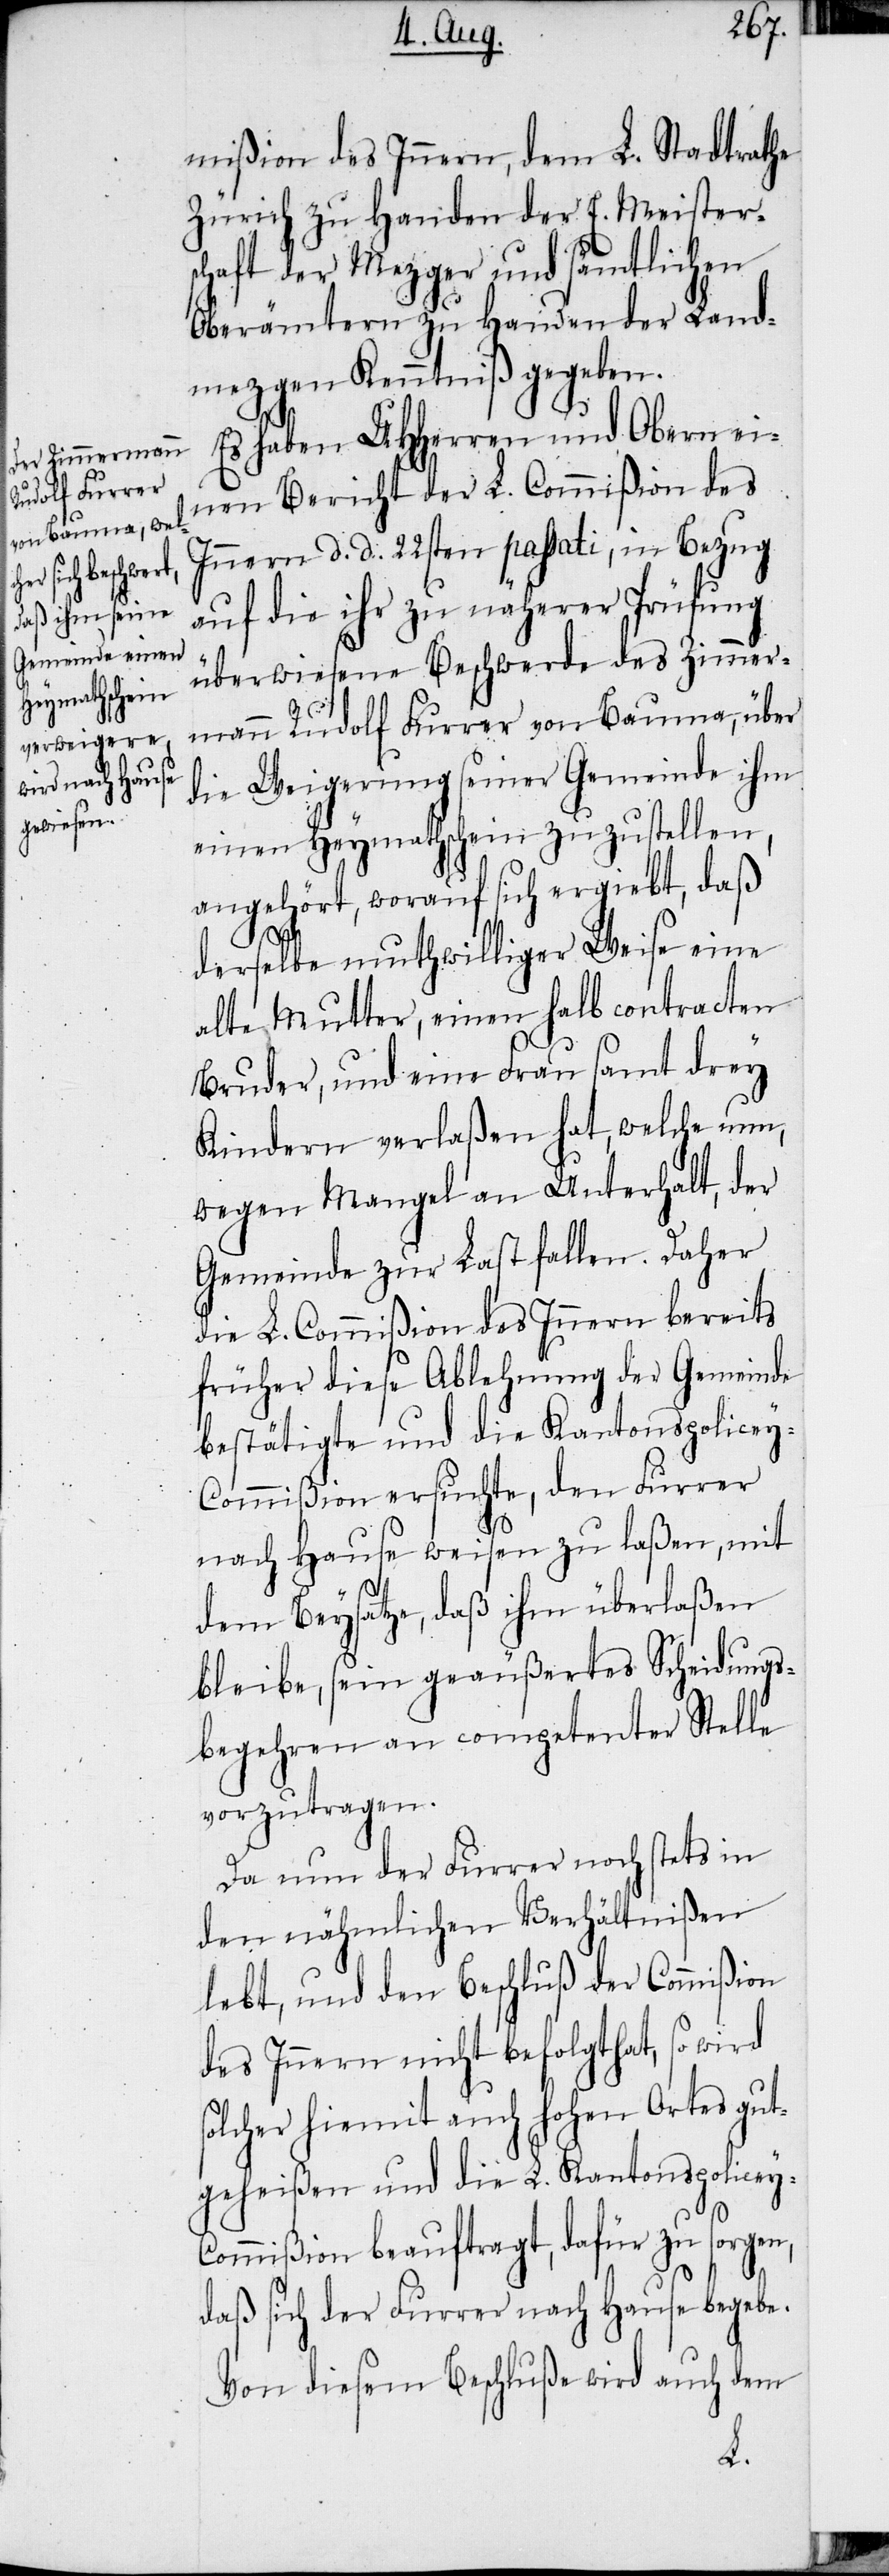
mißion des Innern, dem L. Stadtrathe
Zürich zu Handen der E. Meister¬
schaft der Mezger und sämtlichen
Oberämtern zu Handen der Land¬
mezgen Kenntniß gegeben.
Es haben UHHerren und Obern ei¬
nen Bericht der L. Commißion des
Innern d. d. 22sten passati, in Bezug
auf die ihr zu näherer Prüfung
überwiesene Beschwerde des Zimmer¬
mann Rudolf Furrer von Bauma, über
die Weigerung seiner Gemeinde ihm
einen Heymathschein zuzustellen,
angehört, worauf sich ergiebt, daß
derselbe muthwilliger Weise eine
alte Mutter, einen halb contracten
Bruder, und eine Frau samt drey
Kindern verlaßen hat, welche nun,
wegen Mangel an Unterhalt, der
Gemeinde zur Last fallen. Daher
die L. Commißion des Innern bereits
früher diese Ablehnung der Gemeinde
bestätigte und die Kantonspolicey-C¬
ommißion ersuchte, den Furrer
nach Hause weisen zu laßen, mit
dem Beysatze, daß ihm überlaßen
bleibe, sein geäußertes Scheidungs¬
begehren an competenter Stelle
vorzutragen.
Da nun der Furrer noch stets in
den nähmlichen Verhältnißen
lebt, und den Beschluß der Commißion
des Innern nicht befolgt hat, so wird
solcher hiemit auch hohen Ortes gut¬
geheißen und die L. Kantonspolicey-C¬
ommißion beauftragt, dafür zu sorgen,
daß sich der Furrer nach Hause begebe.
Von diesem Beschluße wird auch dem